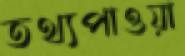
তথ্যপাওয়া